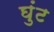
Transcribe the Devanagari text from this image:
घुंट